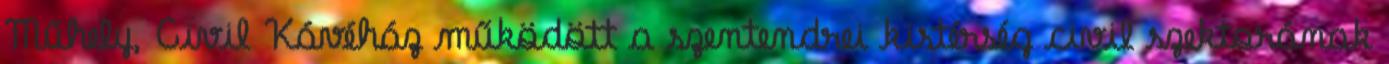
Műhely, Civil Kávéház működött a szentendrei kistérség civil szektorának